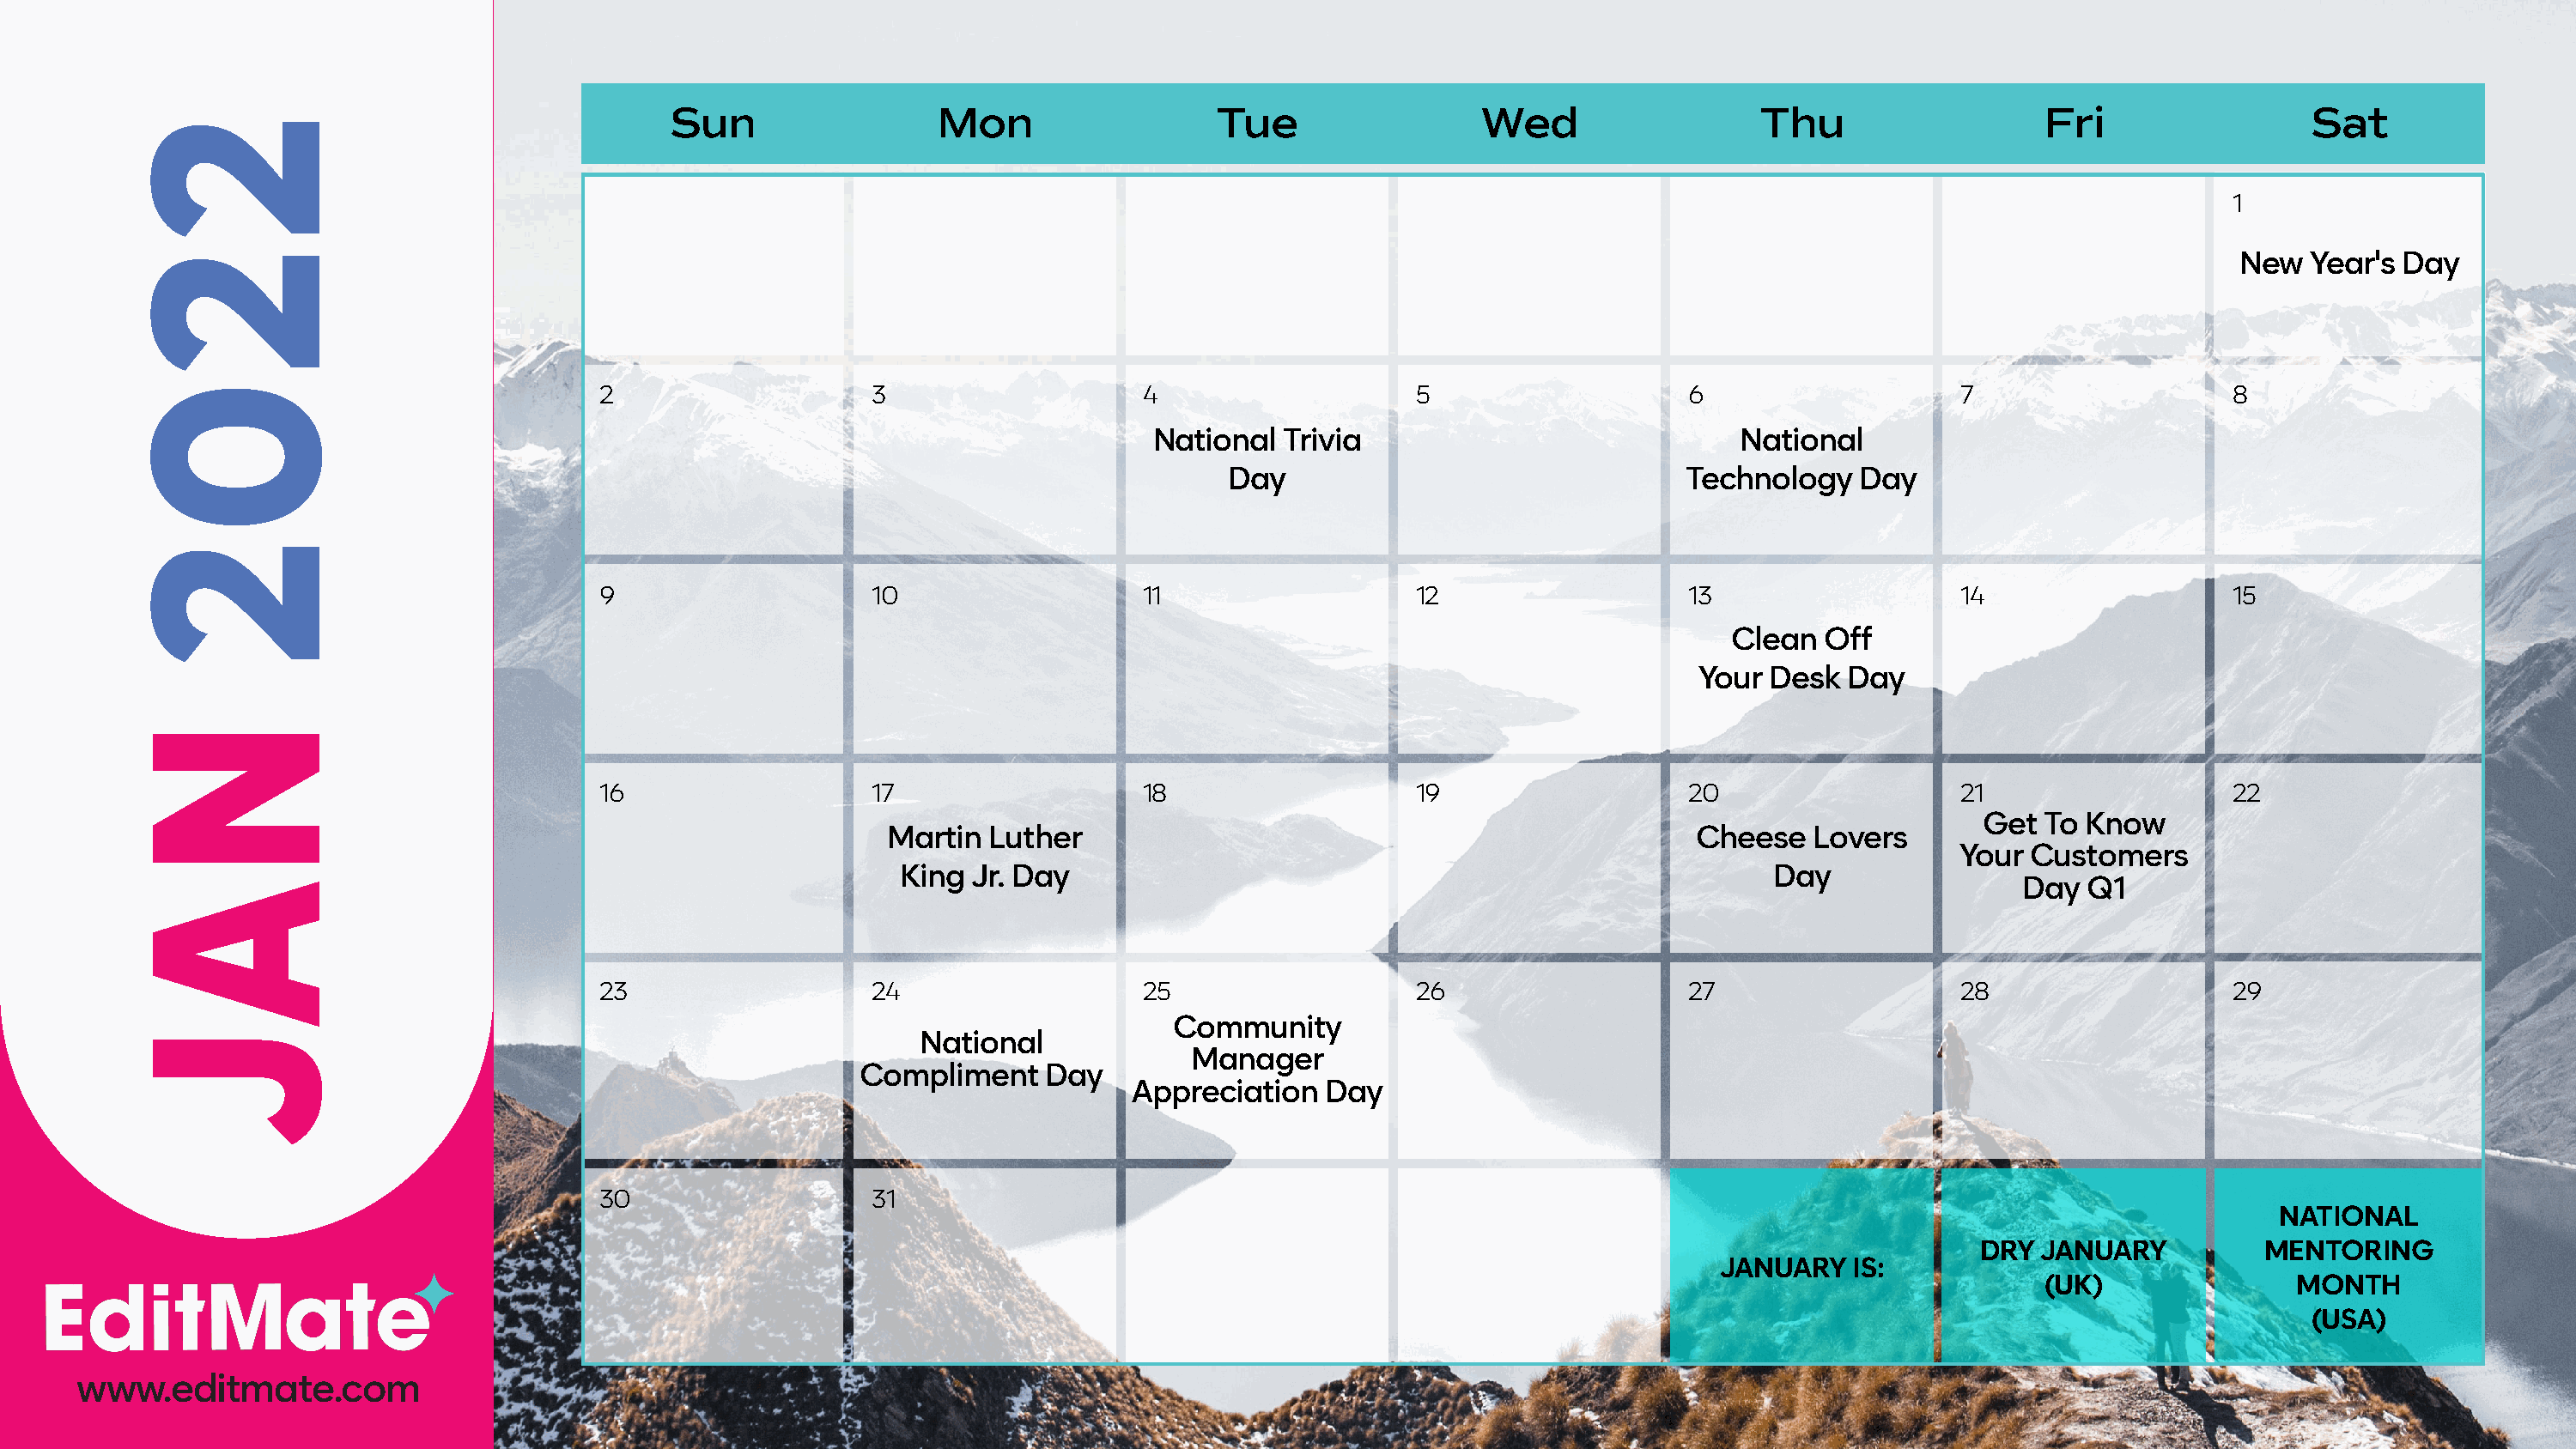
Sun                 Mon                   Tue                 Wed                   Thu                   Fri                 Sat
 1
 New  Year's Day
 2                    3                    4                    5                    6                    7                    8
 National  Trivia                             National
 Day                                Technology   Day
 9                    10                   11                   12                   13                   14                   15
 Clean   Off
 Your Desk  Day
 16                   17                   18                   19                   20                   21                   22
 Get  To Know
 Martin  Luther                                                 Cheese   Lovers
 Your  Customers
 King  Jr. Day                                                       Day
 Day  Q1
 23                   24                   25                   26                   27                   28                   29
 Community
 National
 Manager
 Compliment     Day
 Appreciation   Day
 30                   31
 NATIONAL
 DRY JANUARY           MENTORING
 JANUARY   IS:
 (UK)               MONTH
 (USA)
 www.editmate.com
 2202
 NAJ